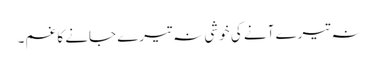
نہ تیرے آنے کی خوشی نہ تیرے جانے کا غم۔